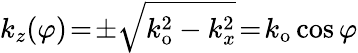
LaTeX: k_{z}(\varphi)\! =\! \pm\sqrt{k_{\mathrm{o}}^{2}-k_{x}^{2}}\! =\! k_{\mathrm{o}}\cos\varphi